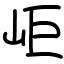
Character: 岠